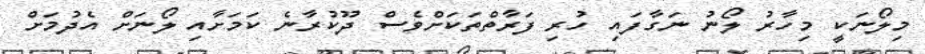
މިލޯނަކީ މިހާރު ލޯނު ނަގާފައި ހުރި ފަރާތްތަކަށްވެސް ދޫކުރާނެ ކަމަށާއި ލޯނަށް އެދުމަށް